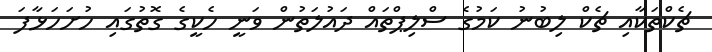
ޗެކްތަކާއި ޗެކް ލިބުނު ކަމުގެ ސްލިޕްތައް ދައުލަތުން ވަނީ ހެކީގެ ގޮތުގައި ހުށަހަޅާފަ